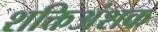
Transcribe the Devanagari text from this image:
शक्तिअंशक